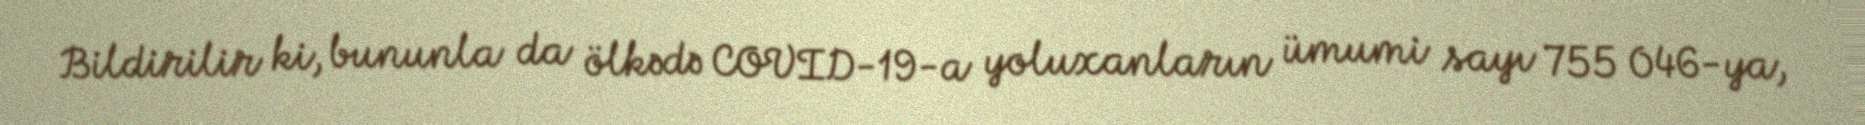
Bildirilir ki, bununla da ölkədə COVID-19-a yoluxanların ümumi sayı 755 046-ya,